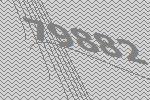
79882